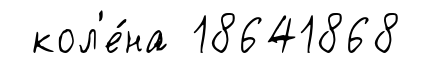
кол'е́на 18641868